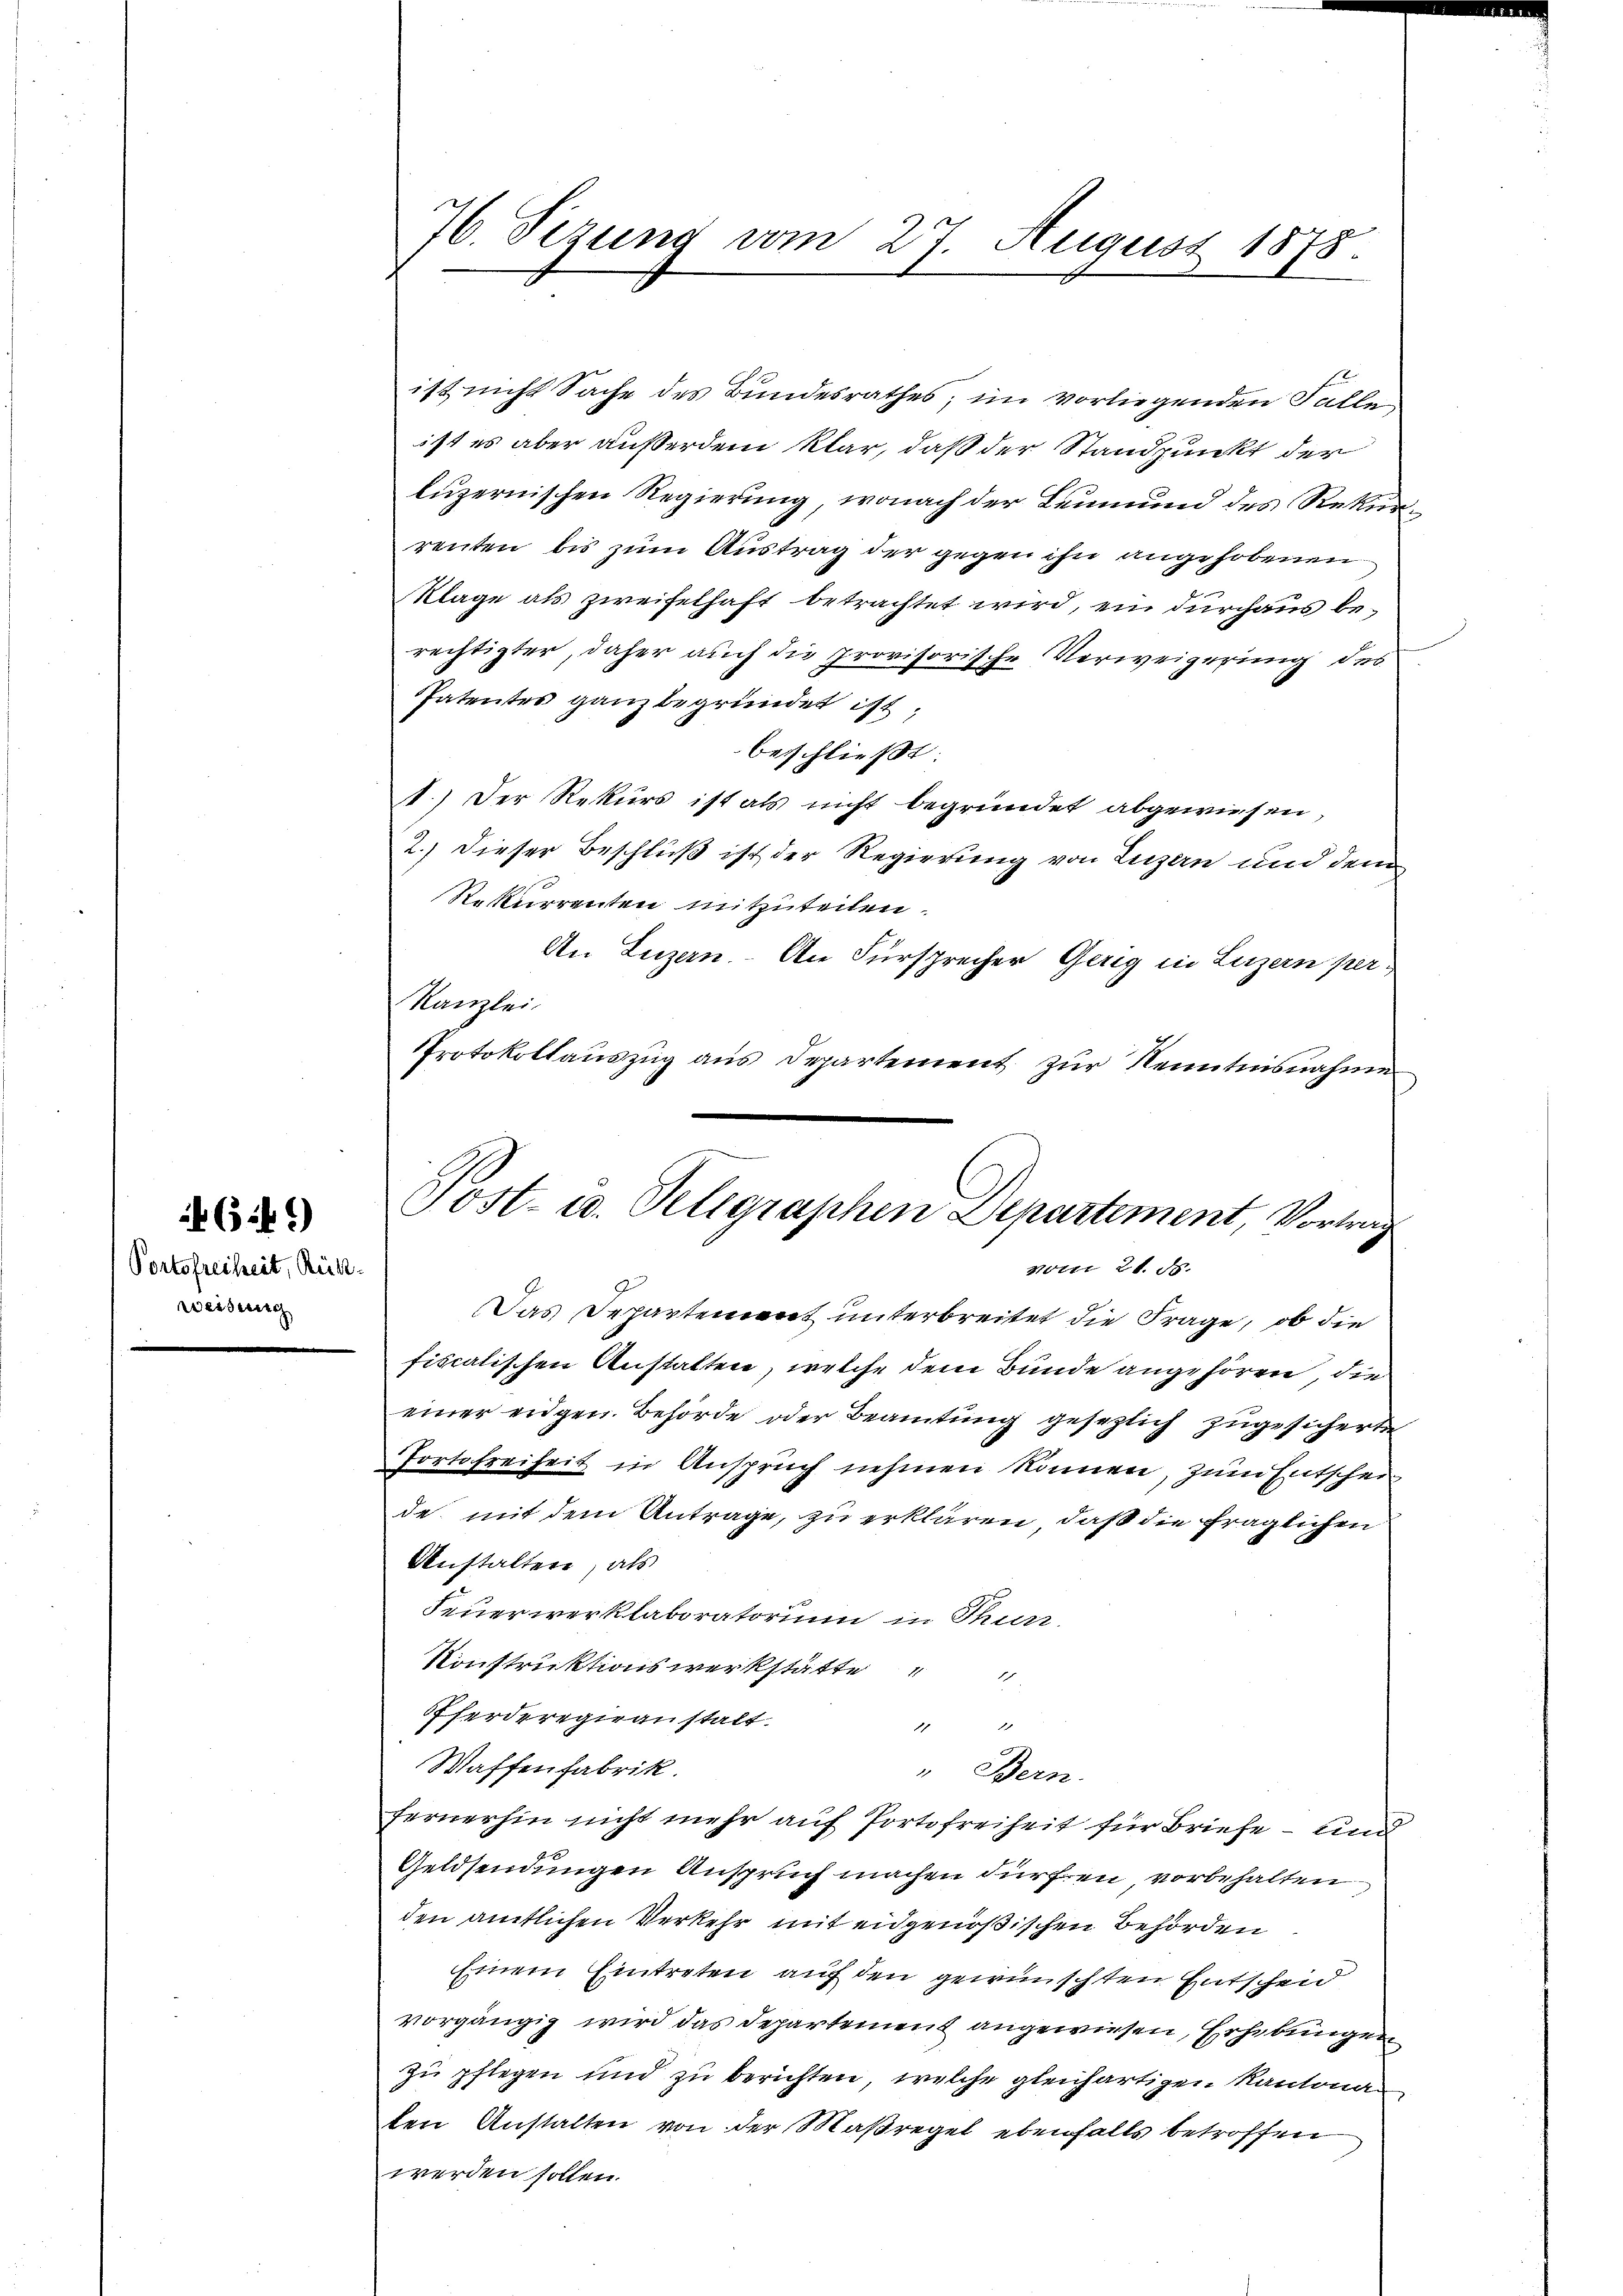
Portofreiheit, Rückweisung

46 f.)

76. Sezung vom 27. August 1878.

ist nicht Sache des Bundesrathes; im vorliegenden Falle
ist es aber außerdem klar, daß der Standpunkt der
luzernischen Regierung, wonach der Leumund des Rekurrenten bis zum Austrag der gegen ihn angehobenen
Klage als zweifelhaft betrachtet wird, ein durchaus berechtigter, daher auch die provisorische Verweigerung des
Patentes ganz begründet ist,
beschließt:
1.) Der Rekurs ist als nicht begründet abgewiesen,
2.) Dieser Beschluß ist der Regierung von Luzern und dem
Rekurrenten mitzuteilen.
An Luzern. An Fürsprecher Gerig in Luzern per
Kanzlei.
Protokollauszug aus Departement zur Kenntnisnahme

Post- u. Telegraphen Departement, Vortrag
Nrri 21. ds.

Das Departement unterbreitet die Frage, ob die
fiscalischen Anstatten, welche dem Bunde angehören, die
einer eidgen. Behörde oder Beamtung gesezlich zugesicherten
Portofreiheit in Anspruch nehmen können, zum Entschei
de mit dem Antrage, zu erklären, daß die fraglichen
Anstalten, als
Feuerwerklaboratorium in Thur
Konstruktionswerkstätte
1
Eferderegieanstalt.
1
d
Waffenfabrik.
" Bern.
fernerhin nicht mehr auf Portofreiheit für Briefe – und
Geldsendungen Anspruch machen dürfen vorbehalten
den amtlichen Verkehr mit eidgenößischen Behörden
Einem Eintreten auf den gewünschten Entscheid
vorgängig wird das Departement angewiesen, Erhebungen
zu pflegen und zu berichten, welche gleichartigen Kantona
ten Anstalten von der Maßregel ebenfalls betroffen
werden sollen.